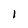
Character: 1